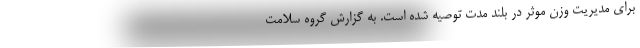
برای مدیریت وزن موثر در بلند مدت توصیه شده است. به گزارش گروه سلامت